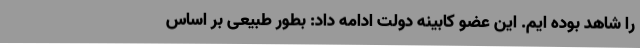
را شاهد بوده ایم. این عضو کابینه دولت ادامه داد: بطور طبیعی بر اساس